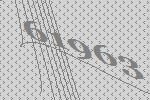
61963